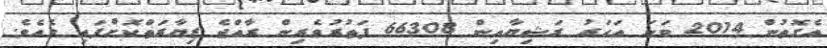
އެގޮތުން 2014 ވަނަ އަހަރު ރަޝިޔާއިން 66308 ފަތުރުވެރިން ރާއްޖެ ޒިޔާރަތްކޮށްފައި ވެއެވެ.